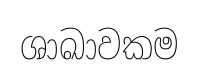
ශාඛාවකම